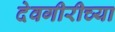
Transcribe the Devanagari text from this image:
देवगीरीच्या